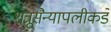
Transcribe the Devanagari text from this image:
शत्रूसैन्यापलीकडे